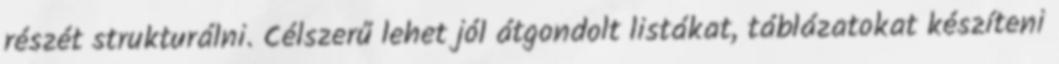
részét strukturálni. Célszerű lehet jól átgondolt listákat, táblázatokat készíteni